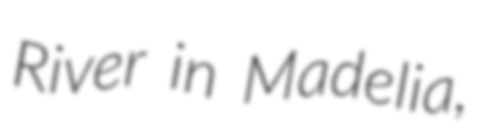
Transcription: River in Madelia,